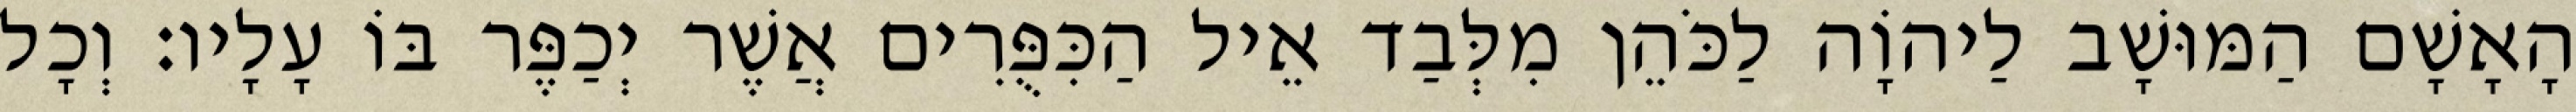
הָאָשָׁם הַמּוּשָׁב לַיהוָֹה לַכֹּהֵן מִלְּבַד אֵיל הַכִּפֻּרִים אֲשֶׁר יְכַפֶּר בּוֹ עָלָיו׃ וְכָל